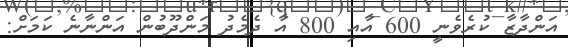
އަންދާޒާ ކުރެވެނީ 600 އާއި 800 އާ ދެމެދު މަންދޫބުން އަންނާނެ ކަމަށް: